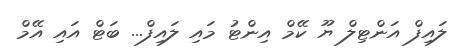
ލައިފް އަންޓިލް ޔޫ ކޭމް އިންޓު މައި ލައިފް... ބަޓް އައި އޭމް